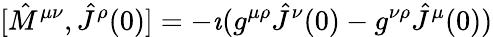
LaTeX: [{\hat{M}}^{\mu\nu},{\hat{J}}^{\rho}(0)]=-\imath(g^{\mu\rho}{\hat{J}}^{\nu}(0)-g^{\nu\rho}{\hat{J}}^{\mu}(0))